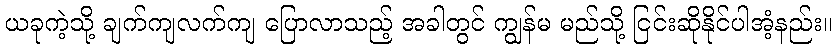
ယခုကဲ့သို့ ချက်ကျလက်ကျ ပြောလာသည့် အခါတွင် ကျွန်မ မည်သို့ ငြင်းဆိုနိုင်ပါအံ့နည်း။